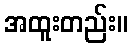
အထူးတည်း။